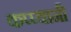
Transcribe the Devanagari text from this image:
कप्प्यानी